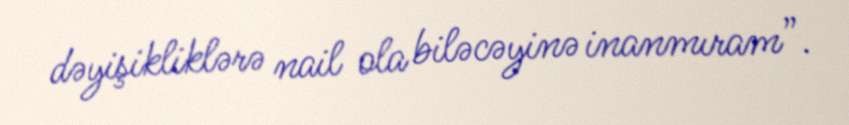
dəyişikliklərə nail ola biləcəyinə inanmıram”.